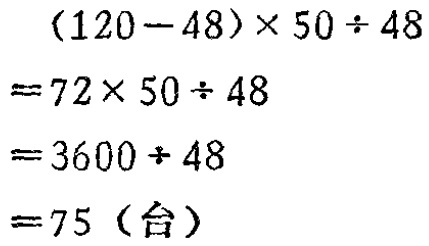
\[
\begin{align*}
&(120 - 48)\times50\div48\\
=&72\times50\div48\\
=&3600\div48\\
=&75 (\text{台})
\end{align*}
\]